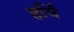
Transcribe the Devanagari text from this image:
हर्वि